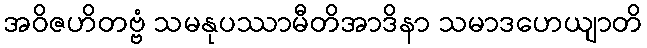
အဝိဇဟိတဗ္ဗံ သမနုပဿာမီတိအာဒိနာ သမာဒဟေယျာတိ